Scottish Leaving Certificate Examination, 1958
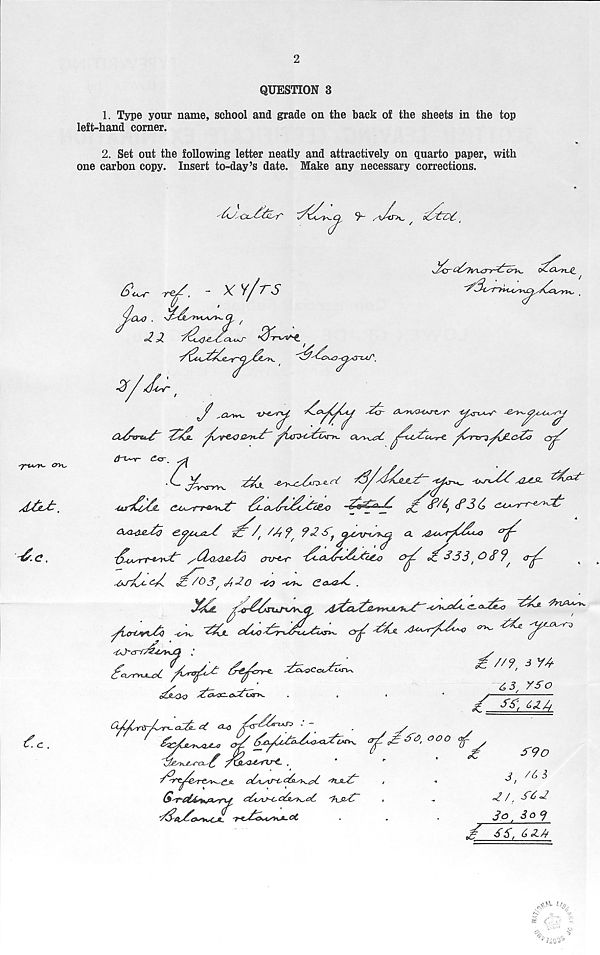
2
MjU:.
^.c.
tf. c .
QUESTION 3
1. Type your name, school and grade on the back of the sheets in the top
left-hand corner.
2. Set out the following letter neatly and attractively on quarto paper, with
one carbon copy. Insert to-day’s date. Make any necessary corrections.
(f
- xv/rs
Y-OoO .
O, /
/ / .
£fy/ft*-
J
{xXir&sX XXjL y^oa^xX'y^ycXo^-n. Oo^-^pC ^^Xcx^re. yTn3-?yjiL&X<) 0^
£<r _ ^3
j£*-rw XXjl -e^-cXX^rt ^/.dXjL<LX~
CU,^rr^t daJX&XtLo
<f> 3 £ <u~r^£
Gui&iXv
/ '2r < 3 f ZZZXj
a
-&AsrT*^Xr /XLosOjeXo <XLt-t^r X<.<zXX3tgx>
O^X
33 1 & £ 9, 0-^
^jXa-X XlVOS 3°?0 ~€p0 'tsk*- (Z a^&X ,
XXtL X<rXXstjjX^.a ydXaXjZsri^-tshX'-<s^xXc. <r. <xX^o XX ^iAa^.
XXjl
crX XX A-^r/Xo — ^
XasTYU^ /Xyx
X^vCccXZv
Xoo
c*rvv
: oar>^
^//^ 3 Y3-
6 3,750
/UxHa
GJXr^/2r^cC&.c( <2-0
.
7
yx^ooo /
Gpr’0£&>j3s-ri4 c3ty\j-i~c63^c6 'h_si-3Z
S
X
~XY(tXc
/
X9o
3, Xi
^/,
3o. SoY
y 5£, 6 XX
'l&i